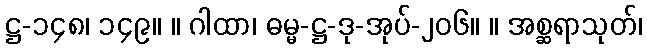
ဋ္ဌ-၁၄၈၊ ၁၄၉။ ။ ဂါထာ၊ ဓမ္မ-ဋ္ဌ-ဒု-အုပ်-၂၀၆။ ။ အစ္ဆရာသုတ်၊